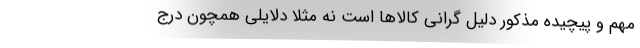
مهم و پیچیده مذکور دلیل گرانی کالاها است نه مثلا دلایلی همچون درج